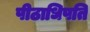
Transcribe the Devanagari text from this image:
पीठाधिपति